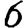
Digit: 6